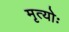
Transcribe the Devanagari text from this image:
मृत्योः